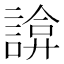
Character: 𧩸